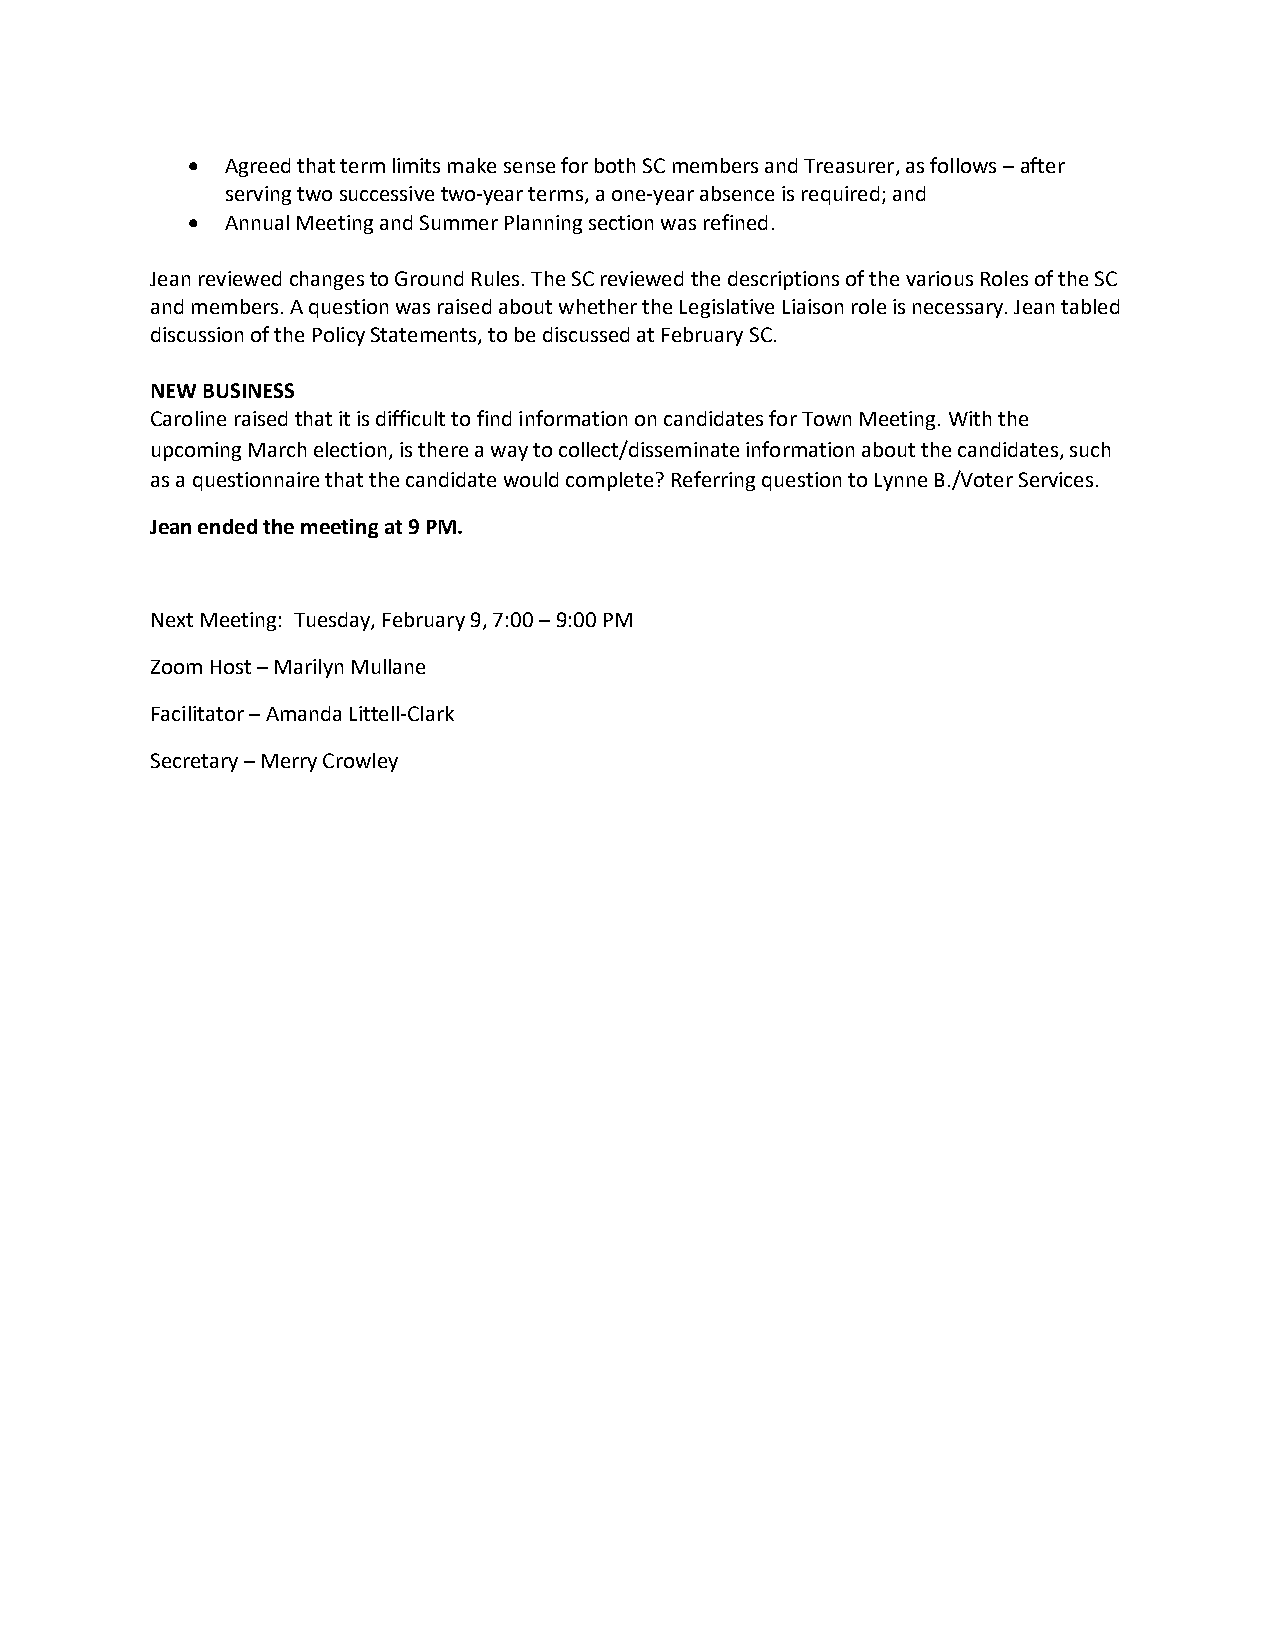
•  Agreed that term limits make sense for both SC members and Treasurer, as follows – after
 serving two successive two-year terms, a one-year absence is required; and
 •  Annual Meeting and Summer Planning section was refined.
 Jean reviewed changes to Ground Rules. The SC reviewed the descriptions of the various Roles of the SC
 and members. A question was raised about whether the Legislative Liaison role is necessary. Jean tabled
 discussion of the Policy Statements, to be discussed at February SC.
 NEW BUSINESS
 Caroline raised that it is difficult to find information on candidates for Town Meeting. With the
 upcoming March election, is there a way to collect/disseminate information about the candidates, such
 as a questionnaire that the candidate would complete? Referring question to Lynne B./Voter Services.
 Jean ended the meeting at 9 PM.
 Next Meeting: Tuesday, February 9, 7:00 – 9:00 PM
 Zoom Host – Marilyn Mullane
 Facilitator – Amanda Littell-Clark
 Secretary – Merry Crowley